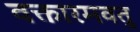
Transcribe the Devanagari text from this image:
वक्तारमवतु